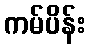
ကမ်ပိန်း